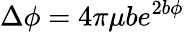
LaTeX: \Delta\phi=4\pi\mu be^{2b\phi}